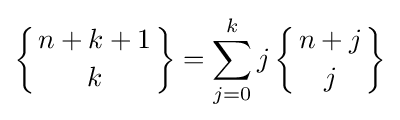
\left\{{n+k+1 \atop k}\right\}=\sum _{j=0}^{k}j\left\{{n+j \atop j}\right\}